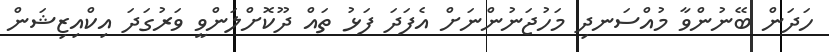
ހަދަން ބޭނުންވާ މުއްސަނދި މަހުޖަނުންނަށް އެފަދަ ފަޅު ތައް ދޫކޮށްލަންވީ ވަރުގަދަ އިކްއިޒިޝަން